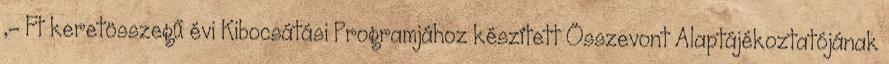
,- Ft keretösszegű évi Kibocsátási Programjához készített Összevont Alaptájékoztatójának